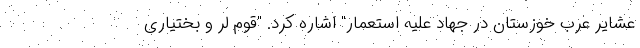
عشایر عرب خوزستان در جهاد علیه استعمار" اشاره کرد. "قوم لر و بختیاری